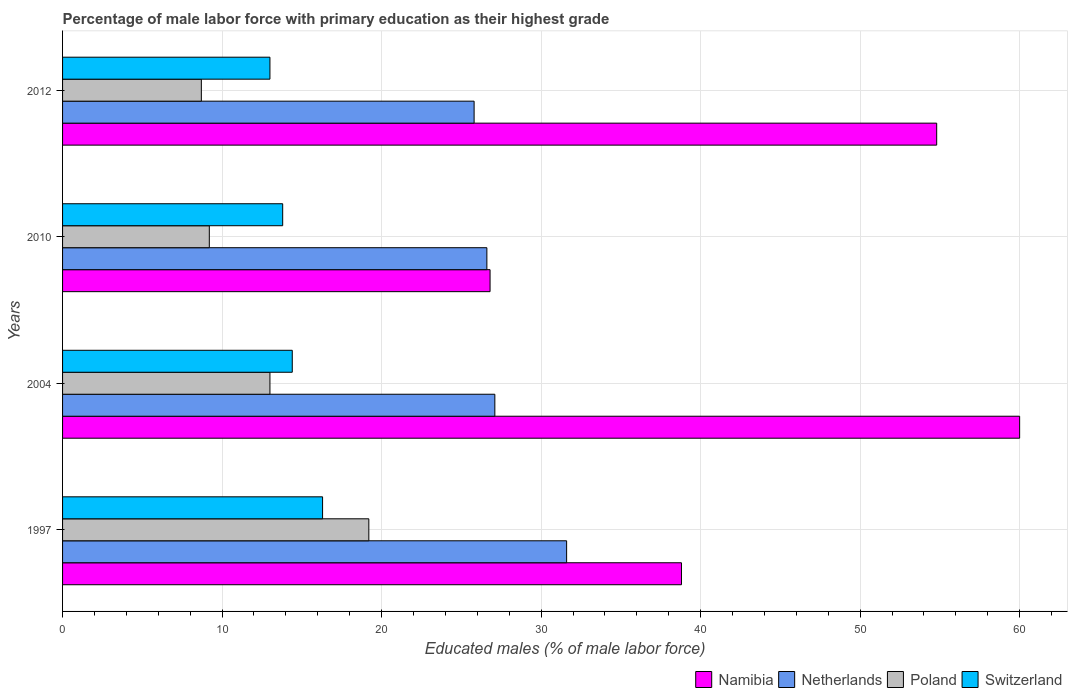
| Years | Namibia | Netherlands | Poland | Switzerland |
 | --- | --- | --- | --- | --- |
 | 1997 | 38.8 | 31.6 | 19.2 | 16.3 |
 | 2004 | 60 | 27.1 | 13 | 14.4 |
 | 2010 | 26.8 | 26.6 | 9.2 | 13.8 |
 | 2012 | 54.8 | 25.8 | 8.7 | 13 |